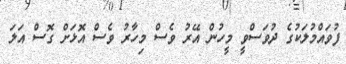
ފުވައްމުލަކުގެ ދުވަސްވީ މީހުން އޭރު ވެސް މިހާރު ވެސް އޮޅަށް ގޮސް އަލަ